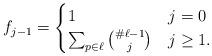
LaTeX: \begin{align*}f_{j-1} = \begin{cases} 1 & j = 0\\\sum_{p \in \ell} \binom{\# \ell - 1}{j} & j \ge 1. \end{cases}\end{align*}